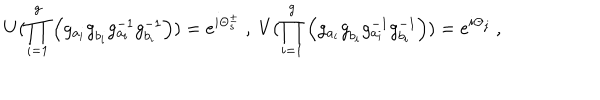
U ( \prod _ { i = 1 } ^ { g } \left( g _ { a _ { i } } ^ { ~ } g _ { b _ { i } } ^ { ~ } g _ { a _ { i } } ^ { - 1 } g _ { b _ { i } } ^ { - 1 } \right) ) = e ^ { i \Theta _ { s } ^ { \pm } } ~ , ~ V ( \prod _ { i = 1 } ^ { g } \left( g _ { a _ { i } } ^ { ~ } g _ { b _ { i } } ^ { ~ } g _ { a _ { i } } ^ { - 1 } g _ { b _ { i } } ^ { - 1 } \right) ) = e ^ { i \Theta _ { j } } ~ ,